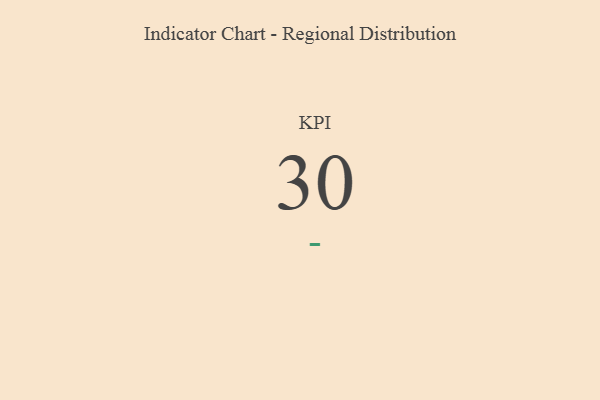
{"axis": {"x": "KPI", "y": "Value"}, "legend": [""], "data": [{"x": "KPI", "y": 30, "type": ""}]}